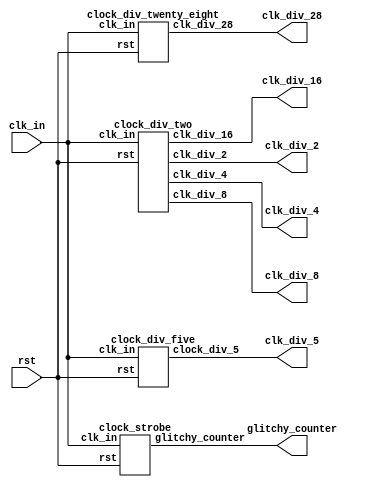
`timescale 1ns / 1ps
//////////////////////////////////////////////////////////////////////////////////
// Company: 
// Engineer: 
// 
// Design Name: 
// Module Name:    clock_gen 
// Project Name: 
// Target Devices: 
// Tool versions: 
// Description: 
//
// Dependencies: 
//
// Revision: 
// Revision 0.01 - File Created
// Additional Comments: 
//
//////////////////////////////////////////////////////////////////////////////////
module clock_gen(
    input clk_in,
    input rst,
    output clk_div_2,
    output clk_div_4,
    output clk_div_8,
    output clk_div_16,
    output clk_div_28,
    output clk_div_5,
    output [7:0] glitchy_counter
    );

clock_div_two task_one(
	.clk_in (clk_in),
	.rst (rst),
	.clk_div_2(clk_div_2),
	.clk_div_4(clk_div_4),
	.clk_div_8(clk_div_8),
	.clk_div_16(clk_div_16)
);

clock_div_twenty_eight task_two(
	.clk_in (clk_in),
	.rst (rst),
	.clk_div_28(clk_div_28)
);

clock_div_five task_three(
	.clk_in (clk_in),
	.rst (rst),
	.clock_div_5(clk_div_5)
);

clock_strobe task_four(
	.clk_in (clk_in),
	.rst (rst),
	.glitchy_counter (glitchy_counter)
);


endmodule


module clock_div_two(
    input clk_in,
    input rst,
    output clk_div_2,
    output clk_div_4,
    output clk_div_8,
    output clk_div_16
    );


reg [3:0] count;

//run on clock posedge
always @ (posedge clk_in)
begin
	if (rst)   //if reset
		count <= 4'b0000;  //set counter to 0
	else    //else
		count <= count + 1'b1;   //increment counter by 1 bit
end

assign clk_div_2 = count[0];    //assign each clk_div one of the bits
assign clk_div_4 = count[1];
assign clk_div_8 = count[2];
assign clk_div_16 = count[3];

endmodule


module clock_div_twenty_eight(
    input clk_in,
    input rst,
    output clk_div_28
    );

//create 4 bit counter and a toggle
reg start;
reg toggle;
reg [3:0] count;

always @ (posedge clk_in)  //run on clock posedge
begin
	if (rst)   //if reset
		begin
			count <= 4'b0000;  //set counter to 0
			toggle <= 1'b0;
			start <= 1'b0;
		end
	else if ((start == 1) && (count == 14))   //at overflow
		begin
			count <= 4'b0001;
			toggle <= ~toggle;
		end
	else    //else
		begin
			count <= count + 1'b1;   //increment counter by 1 bit
			start <= 1'b1;
		end
end

assign clk_div_28 = toggle;

endmodule


module clock_div_five(
    input clk_in,
    input rst,
    output clock_div_5
    );


reg [2:0] count_pos;  //counter
reg [2:0] count_neg;  //counter
reg duty_pos;   //duty cycle for posedge
reg duty_neg;   //duty cycle for negedge
 
  
//toggle positive edge duty cycle
always @ (count_pos)
	begin
		if (rst)
			duty_pos <= 1'b0;
		else if (count_pos == 1)
			duty_pos <= ~duty_pos;
		else if (count_pos == 3)
			duty_pos <= ~duty_pos;
		else
			duty_pos <= duty_pos;
	end

//toggle negative edge duty cycle
always @ (count_neg)
	begin
		if (rst)
			duty_neg <= 1'b0;
		else if (count_neg == 1)
			duty_neg <= ~duty_neg;
		else if (count_neg == 3)
			duty_neg <= ~duty_neg;
		else
			duty_neg <= duty_neg;
	end

//counter for positive edge
always @ (posedge clk_in)
	begin
		if (rst)
			begin
				count_pos <= 1'b0;
				//duty_pos <= 1'b0;
			end
		else if (count_pos == 5)
			count_pos <= 1'b1;  //reset counter
		else
			count_pos <= count_pos + 1'b1;
	end

//counter for negative edge
always @ (negedge clk_in)
	begin
		if (rst)
			begin
				count_neg <= 1'b0;
				//duty_neg = 1'b0;
			end
		else if (count_neg == 5)
			count_neg <= 1'b1;  //reset counter
		else
			count_neg <= count_neg + 1'b1;
	end
	
//or duty cycles to divide clk_in
assign clock_div_5 = duty_pos | duty_neg;

endmodule


module clock_strobe(
    input clk_in,
    input rst,
    output reg [7:0] glitchy_counter
    );

reg [1:0] count;
reg duty_4;
reg start;


//create glitchy_counter
always @ (count)
	begin
		if (rst)
			begin
				//duty_4 <= 1'b0;
				glitchy_counter <= 7'b0000000;
				start <= 1'b0;
			end
		else if ((start == 1) && (count == 0))
			begin
				//duty_4 <= ~duty_4;
				glitchy_counter <= glitchy_counter - 5; 
			end
		else
			begin
				glitchy_counter <= glitchy_counter + 2;
				start <= 1'b1;
			end
	end

//count clock cycles
always @ (posedge clk_in)
	begin
		if (rst)
				count <= 2'b00;
		else
				count <= count + 1'b1;
	end


endmodule